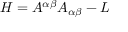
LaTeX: H = { \cal { A } } ^ { \alpha \beta } A _ { \alpha \beta } - L